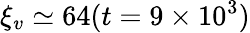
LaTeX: \xi_{v}\simeq 64(t=9\times 10^{3})